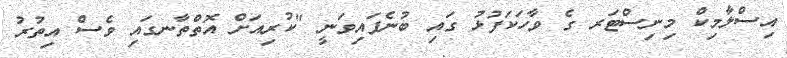
އިސްލާމިކް މިނިސްޓަރ ގެ ވާހަކަފުޅު ގައި ބުނެފައިވަނީ "ކުރިއަށް އޮތްތާނގައި ވެސް އިތުރު